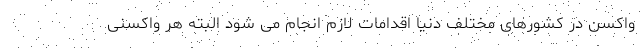
واکسن در کشورهای مختلف دنیا اقدامات لازم انجام می شود البته هر واکسنی